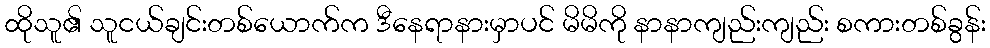
ထိုသူ၏ သူငယ်ချင်းတစ်ယောက်က ဒီနေရာနားမှာပင် မိမိကို နာနာကျည်းကျည်း စကားတစ်ခွန်း